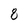
Character: 8